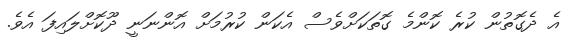
އެ ދެގޮތުން ކުރެ ކޮންމެ ގޮތަކަށްވެސް އެކަން ކުރުމަށް އޮންނަނީ ދޫކޮށްލައިފަ އެވެ.